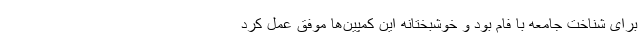
برای شناخت جامعه با فام بود و خوشبختانه این کمپین‌ها موفق عمل کرد